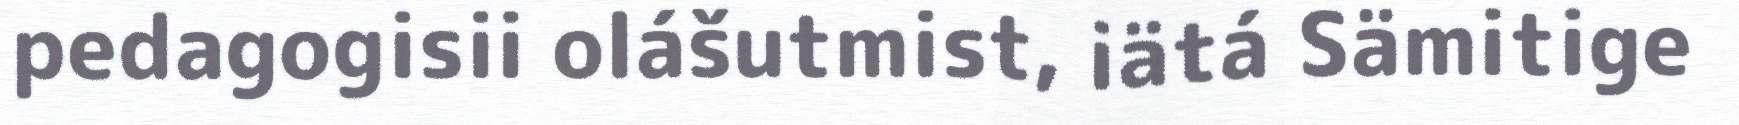
pedagogisii olášutmist, iätá Sämitige